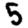
Digit: 5